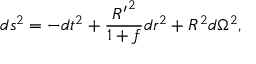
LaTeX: d { s ^ { 2 } } = - d { t ^ { 2 } } + { \frac { { R ^ { \prime } } ^ { 2 } } { 1 + f } } d { r ^ { 2 } } + { R ^ { 2 } } d { \Omega ^ { 2 } } ,